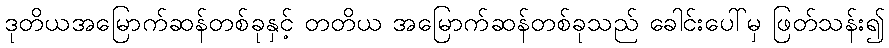
ဒုတိယအမြောက်ဆန်တစ်ခုနှင့် တတိယ အမြောက်ဆန်တစ်ခုသည် ခေါင်းပေါ်မှ ဖြတ်သန်း၍